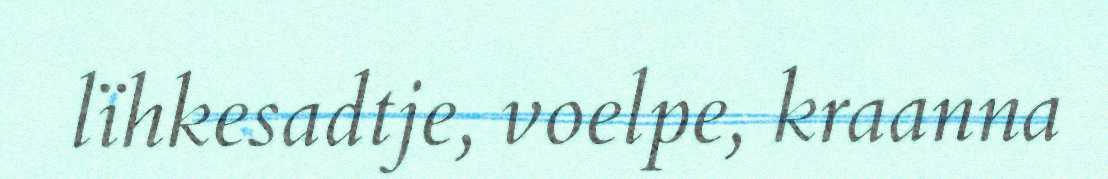
lïhkesadtje, voelpe, kraanna